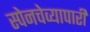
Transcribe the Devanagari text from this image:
स्पेनचेव्यापारी